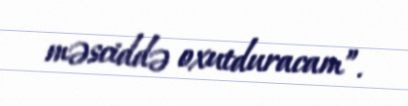
məsciddə oxutduracam”.